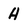
Character: H